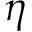
\eta